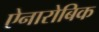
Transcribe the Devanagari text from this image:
ऐनारोबिक